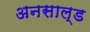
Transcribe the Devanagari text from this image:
अनसाल्ड